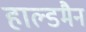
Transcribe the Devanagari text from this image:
हाल्डमैन